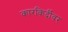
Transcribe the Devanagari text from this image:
कारकिर्दीवर